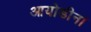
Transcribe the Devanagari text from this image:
आयोडीन।